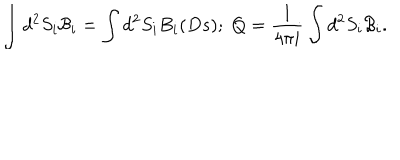
LaTeX: \int d ^ { 2 } S _ { i } { \mathcal { B } } _ { i } = \int d ^ { 2 } S _ { i } B _ { i } ( D s ) ; \; Q = \frac { 1 } { 4 \pi i } \int d ^ { 2 } S _ { i } { \mathcal { B } } _ { i } .